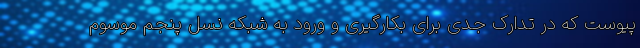
پیوست که در تدارک جدی برای بکارگیری و ورود به شبکه نسل پنجم موسوم